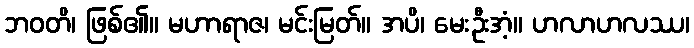
ဘဝတိ၊ ဖြစ်၏။ မဟာရာဇ၊ မင်းမြတ်။ အပိ၊ မေးဦးအံ့။ ဟလာဟလဿ၊